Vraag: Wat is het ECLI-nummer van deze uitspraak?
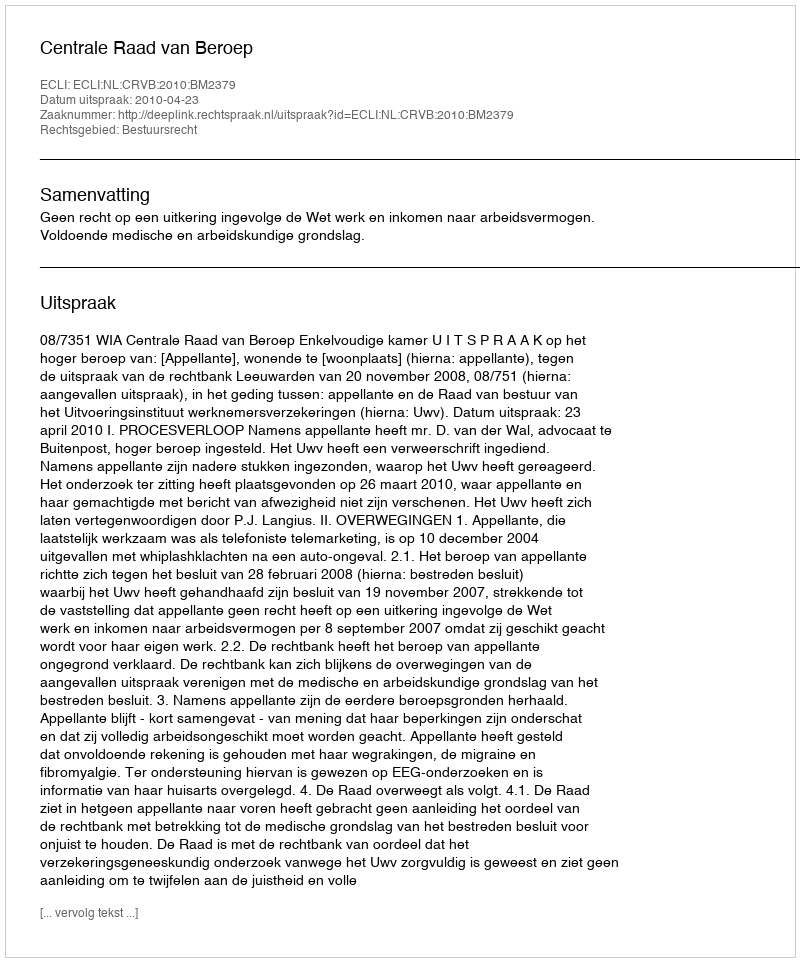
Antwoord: ECLI:NL:CRVB:2010:BM2379